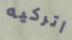
اتركيه